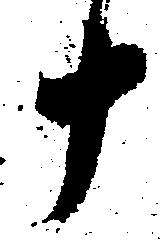
十